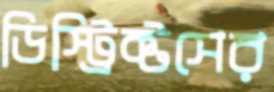
ডিস্ট্রিক্টসের